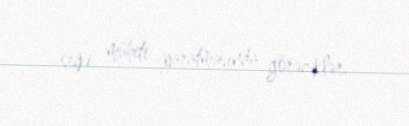
seçki mühiti yaratmasında görəcəklər.